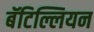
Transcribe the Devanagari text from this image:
बॅटिल्लियन